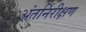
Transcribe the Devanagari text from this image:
अंतर्निरीक्षण